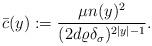
LaTeX: \begin{align*}\bar{c}(y) := \frac{\mu n(y)^2}{(2d \varrho \delta_\sigma)^{2|y|-1}}.\end{align*}